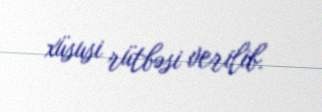
xüsusi rütbəsi verilib.